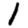
Digit: 1